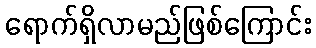
ရောက်ရှိလာမည်ဖြစ်ကြောင်း